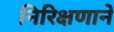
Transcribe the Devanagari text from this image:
निरिक्षणाने